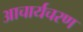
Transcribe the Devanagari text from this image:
आचार्यचरण